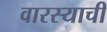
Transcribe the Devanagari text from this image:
वारस्याची